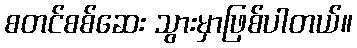
စတင်စစ်ဆေး သွားမှာဖြစ်ပါတယ်။